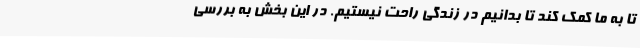
تا به ما کمک کند تا بدانیم در زندگی راحت نیستیم. در این بخش به بررسی